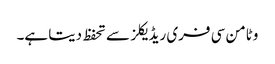
وٹامن سی فری ریڈیکلز سے تحفظ دیتا ہے۔